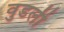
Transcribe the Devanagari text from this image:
वुडली